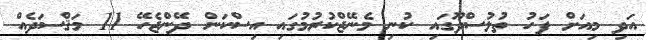
އަދި މިއަށް ފަހު ތުލުސްދޫގައި ކުނި މެނޭޖްކުރުމުގައި އިސްކަން ދޭންޖެހޭ 11 މަޤްސަދެއް